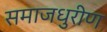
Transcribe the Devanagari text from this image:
समाजधुरीण